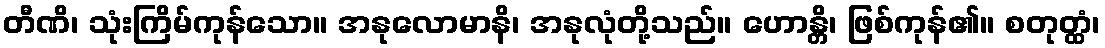
တီဏိ၊ သုံးကြိမ်ကုန်သော။ အနုလောမာနိ၊ အနုလုံတို့သည်။ ဟောန္တိ၊ ဖြစ်ကုန်၏။ စတုတ္ထံ၊